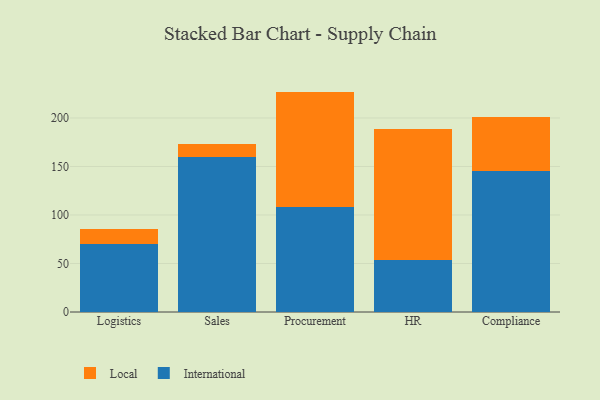
{"axis": {"x": "Department", "y": "Temperature (°C)"}, "legend": ["International", "Local"], "data": [{"x": "Logistics", "y": 69.9, "type": "International"}, {"x": "Logistics", "y": 15.4, "type": "Local"}, {"x": "Sales", "y": 160.0, "type": "International"}, {"x": "Sales", "y": 13.0, "type": "Local"}, {"x": "Procurement", "y": 108.6, "type": "International"}, {"x": "Procurement", "y": 118.6, "type": "Local"}, {"x": "HR", "y": 54.0, "type": "International"}, {"x": "HR", "y": 135.1, "type": "Local"}, {"x": "Compliance", "y": 144.9, "type": "International"}, {"x": "Compliance", "y": 56.6, "type": "Local"}]}